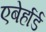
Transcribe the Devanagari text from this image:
एबेर्हार्ड